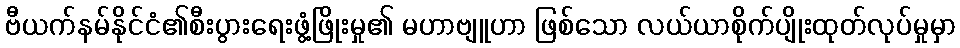
ဗီယက်နမ်နိုင်ငံ၏စီးပွားရေးဖွံ့ဖြိုးမှု၏ မဟာဗျူဟာ ဖြစ်သော လယ်ယာစိုက်ပျိုးထုတ်လုပ်မှုမှာ